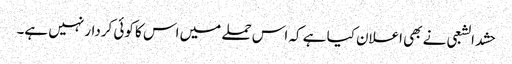
حشد الشعبی نے بھی اعلان کیا ہے کہ اس حملے میں اس کا کوئی کردار نہیں ہے۔